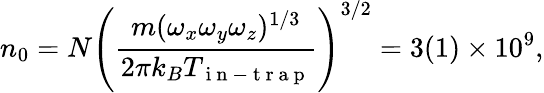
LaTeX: n_{0}=N\left(\frac{m(\omega_{x}\omega_{y}\omega_{z})^{1/3}}{2\pi k_{B}T_{\mathrm{~i~n~-~t~r~a~p~}}}\right)^{3/2}=3(1)\times 10^{9},